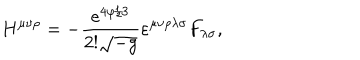
LaTeX: H ^ { \mu \nu \rho } = - { \frac { e ^ { 4 \varphi / 3 } } { 2 ! \sqrt { - g } } } \varepsilon ^ { \mu \nu \rho \lambda \sigma } F _ { \lambda \sigma } ,